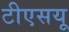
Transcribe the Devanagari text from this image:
टीएसयू